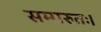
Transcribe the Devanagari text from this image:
समारुतः।